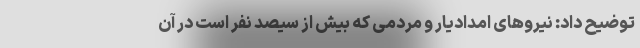
توضیح داد: نیروهای امدادیار و مردمی که بیش از سیصد نفر است در آن